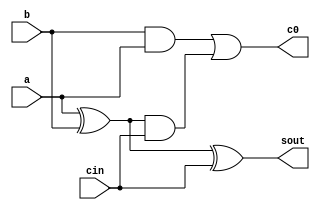
module FullAdder (sout, c0, a, b, cin);
	input a, b, cin;
	output sout, c0;
	wire w1, w2, w3;
	
	and #5  g3(w2, b, a), g4(w3, w1, cin);
	or  #5  g5(c0, w2, w3);
	xor #10 g1(w1, a, b), g2(sout, w1, cin);
endmodule

module Main (S, C4, a, b, C0);
	input [3:0] a, b;
	input C0;
	output C4;
	output [3:0]S;
	wire [3:0] w;
	wire C1, C2, C3;
	
	xor #10 g1(w[0], C0, b[0]),
			g2(w[1], C0, b[1]),
			g3(w[2], C0, b[2]),
			g4(w[3], C0, b[3]);
	
	FullAdder FA0(S[0], C1, a[0], b[0], C0), 
			  FA1(S[1], C2, a[1], b[1], C1),
			  FA2(S[2], C3, a[2], b[2], C2), 
			  FA3(S[3], C4, a[3], b[3], C3);
	
endmodule